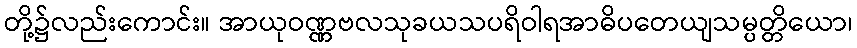
တို့၌လည်းကောင်း။ အာယုဝဏ္ဏဗလသုခယသပရိဝါရအာဓိပတေယျသမ္ပတ္တိယော၊